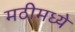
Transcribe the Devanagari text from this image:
मठीमध्ये